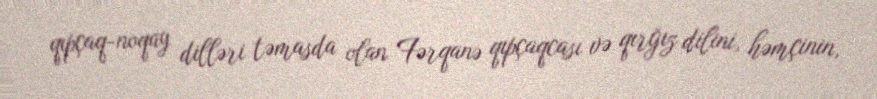
qıpçaq-noqay dilləri təmasda olan Fərqanə qıpçaqcası və qırğız dilini, həmçinin,